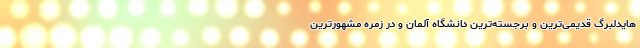
هایدلبرگ قدیمی‌ترین و برجسته‌ترین دانشگاه آلمان و در زمرهٔ مشهورترین